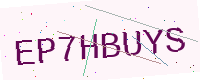
Text: EP7HBUYS